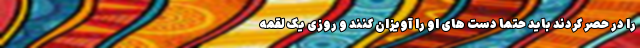
را در حَصر کردند باید حتماً دست های او را آویزان کنند و روزی یک لقمه